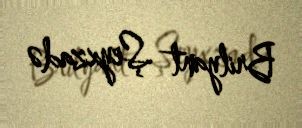
Brilyant Şeyxzadə